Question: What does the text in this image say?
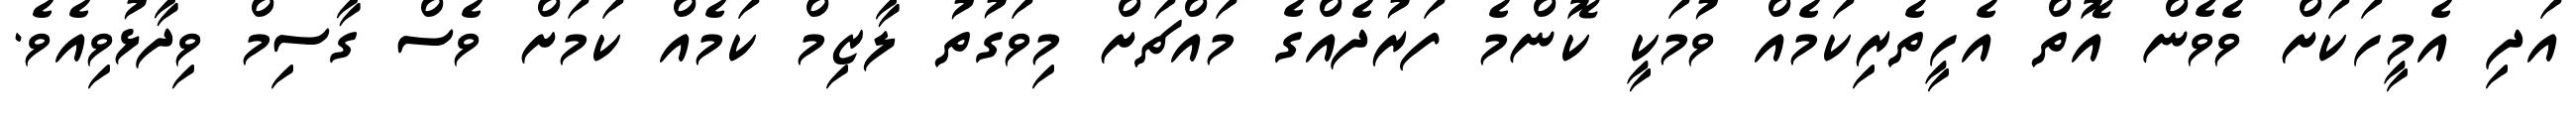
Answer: އަދި އެމީހަކަށް ވެވެން އޮތް އެހީތެރިކަމެއް ވުމަކީ ކޮންމެ ފަރުދެއްގެ މައްޗަށް މިވަގުތު ލާޒިމް ކަމެއް ކަމަށް ވެސް ގާސިމް ވިދާޅުވިއެވެ.